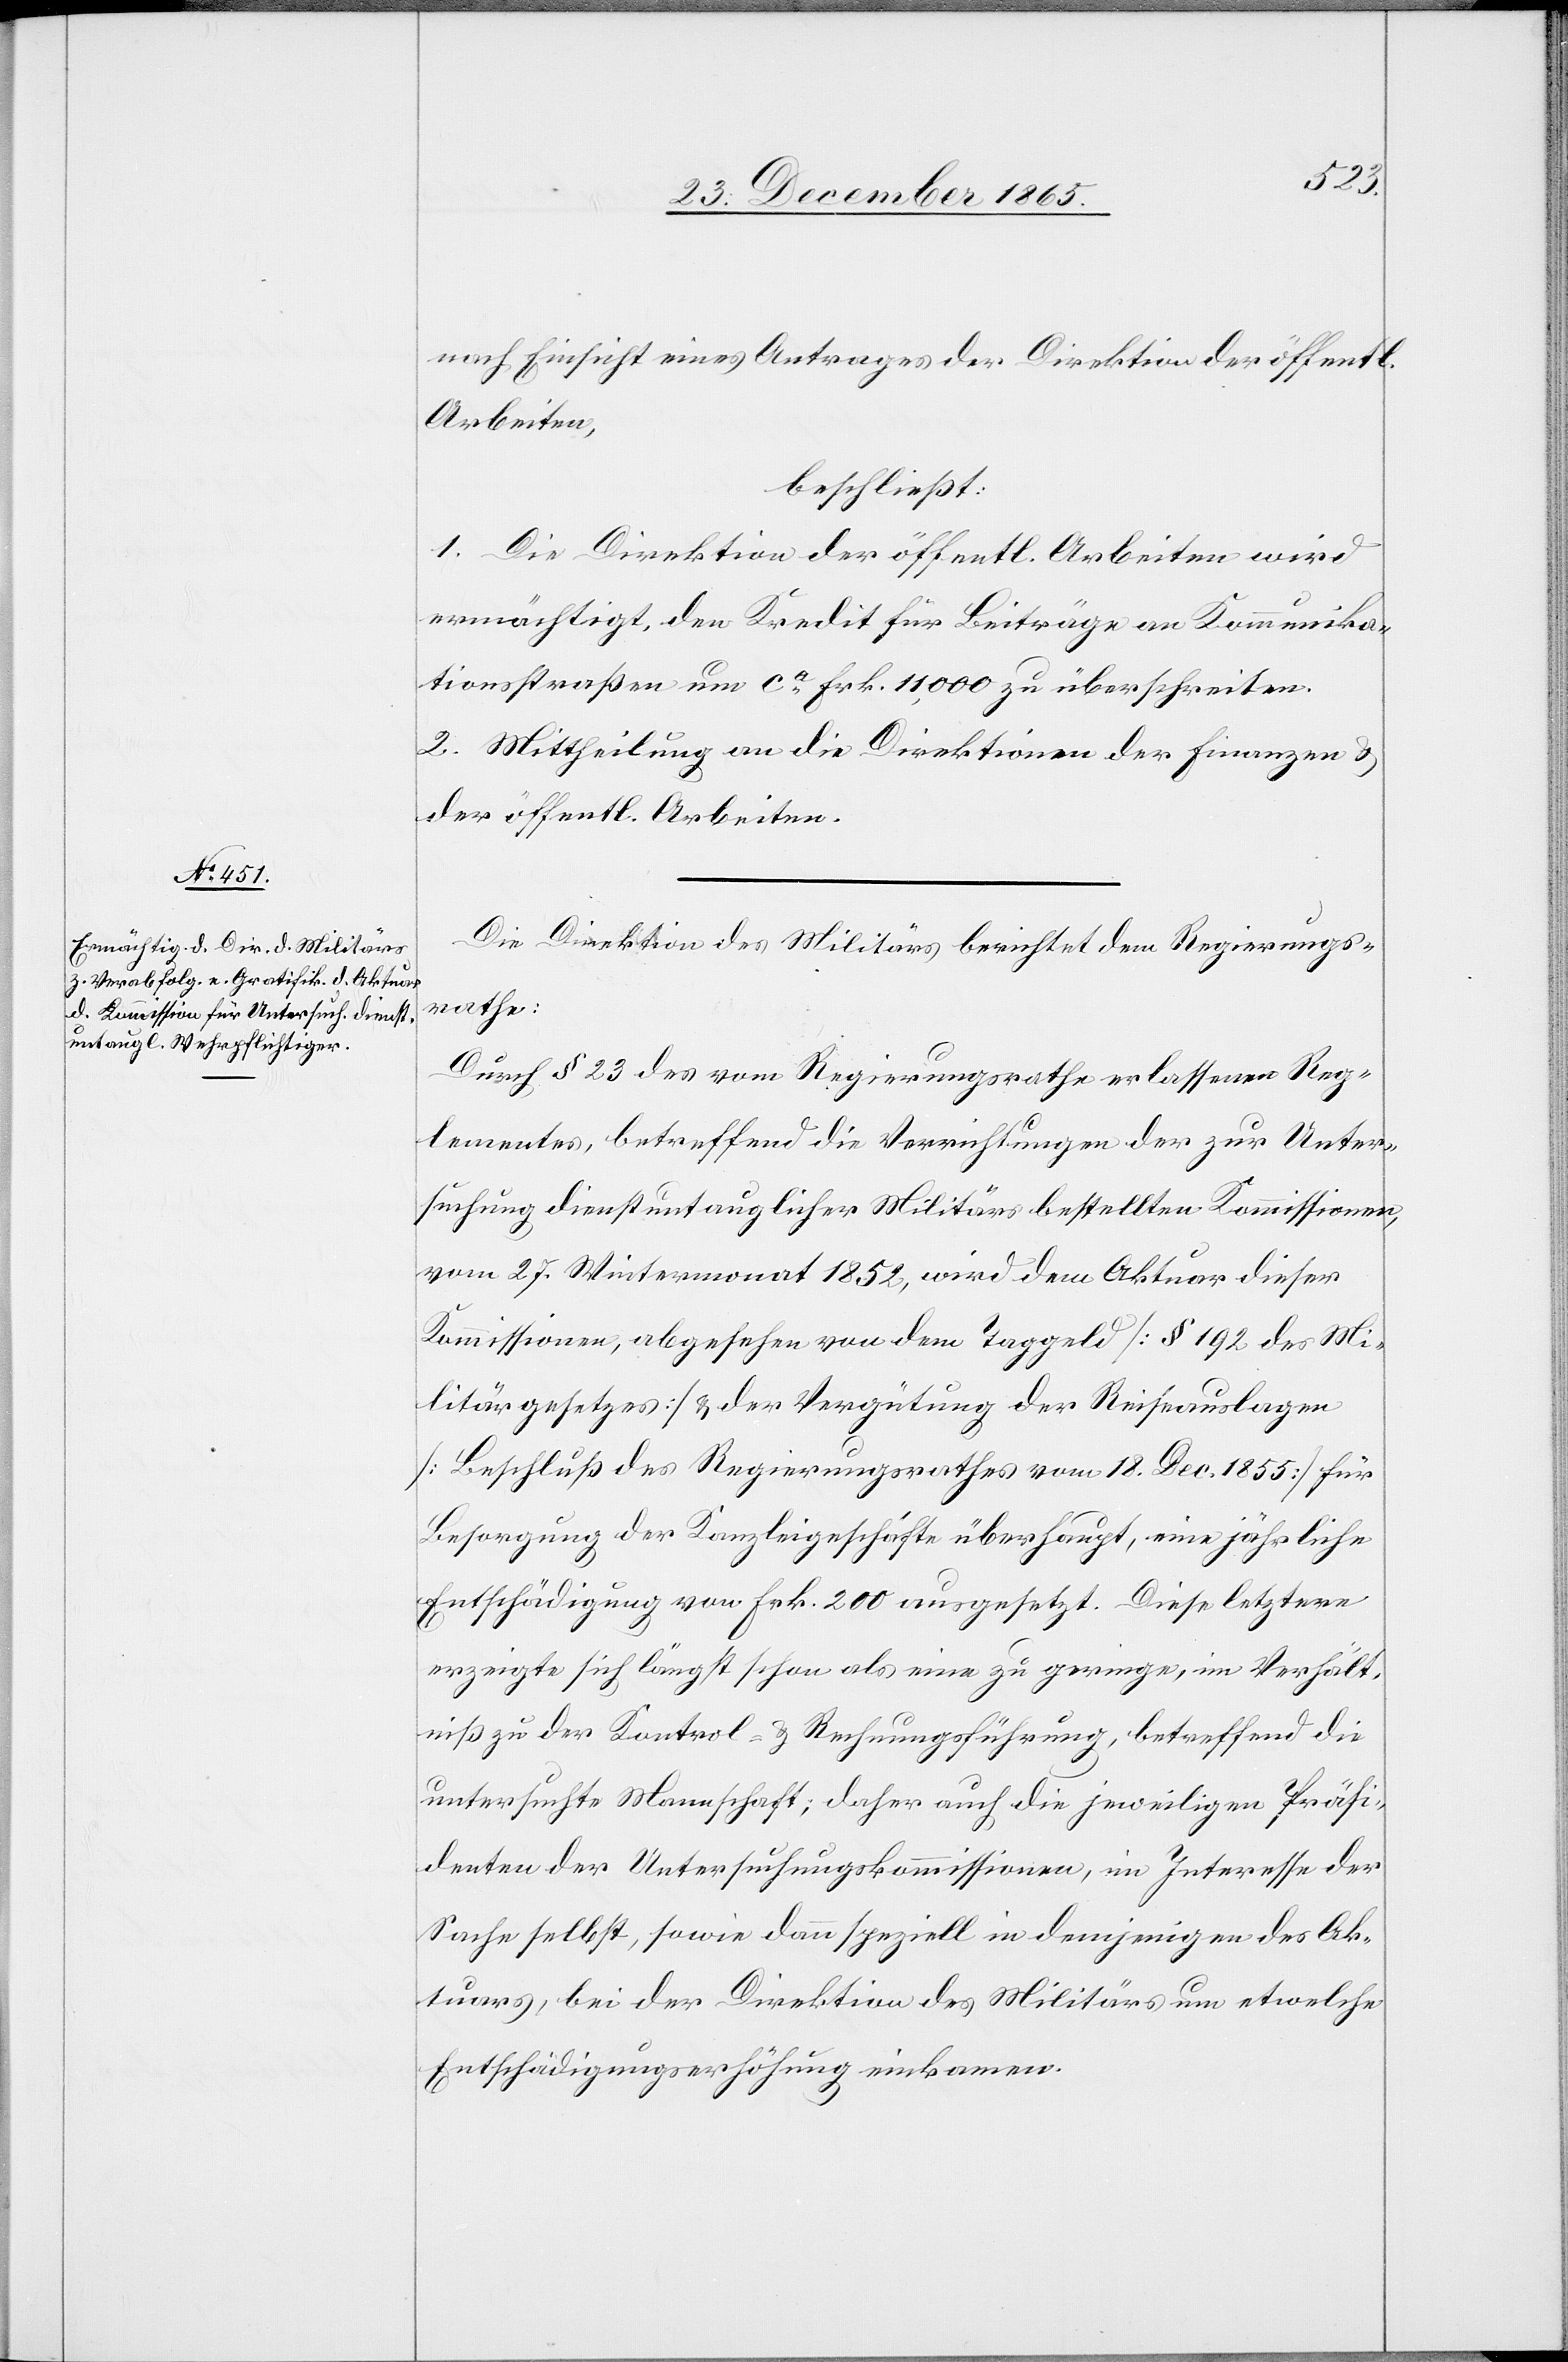
nach Einsicht eines Antrages der Direktion der öffentl.
Arbeiten,
beschließt:
1. Die Direktion der öffentl. Arbeiten wird
ermächtigt, den Kredit für Beiträge an Kommunika¬
tionsstraßen um ca. Frk. 11,000 zu überschreiten.
2. Mittheilung an die Direktionen der Finanzen &
der öffentl. Arbeiten.
Die Direktion des Militärs berichtet dem Regierungs¬
rathe:
Durch den § 23 des vom Regierungsrathe erlassenen Reg¬
lementes, betreffend die Verrichtungen der zur Unter¬
suchung dienstuntauglicher Militärs bestellten Kommissionen,
vom 27. Wintermonat 1852, wird dem Aktuar dieser
Kommission, abgesehen von dem Taggeld [§ 192 des Mi¬
litärgesetzes] & der Vergütung der Reiseauslagen
[Beschluß des Regierungsrathes vom 18. Dec. 1855] für
Besorgung der Kanzleigeschäfte überhaupt, eine jährliche
Entschädigung von Frk. 200 ausgesetzt. Diese letztere
erzeigte sich längst schon als eine zu geringe, im Verhält¬
niß zu der Kontrol- & Rechnungsführung, betreffend die
untersuchte Mannschaft; daher auch die jeweiligen Präsi¬
denten der Untersuchungskommissionen, im Interesse der
Sache selbst, sowie dann speziell in demjenigen des Ak¬
tuars, bei der Direktion des Militärs um etwelche
Entschädigungserhöhung einkamen.